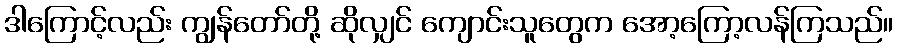
ဒါကြောင့်လည်း ကျွန်တော်တို့ ဆိုလျှင် ကျောင်းသူတွေက အော့ကြော့လန်ကြသည်။